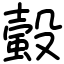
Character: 𧏚